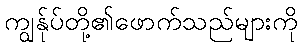
ကျွန်ုပ်တို့၏ဖောက်သည်များကို